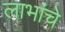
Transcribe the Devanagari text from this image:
लाभांचे